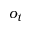
o _ { t }